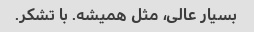
بسیار عالی، مثل همیشه. با تشکر.